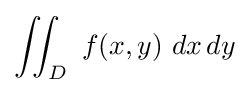
\iint _{D}\ f(x,y)\ dx\,dy